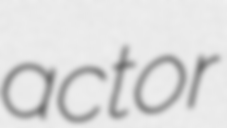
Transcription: actor